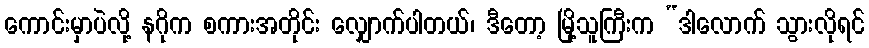
ကောင်းမှာပဲလို့ နဂိုက စကားအတိုင်း လျှောက်ပါတယ်၊ ဒီတော့ မြို့သူကြီးက “ဒါလောက် သွားလိုရင်